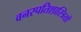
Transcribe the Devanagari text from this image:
वनस्‍पतिशास्‍त्रियों